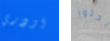
اودري بحثوا